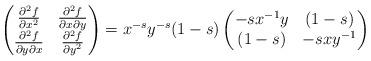
LaTeX: \begin{align*} \left(\begin{matrix} \frac{\partial^2 f}{\partial x^2} & \frac{\partial^2 f}{\partial x\partial y} \\ \frac{\partial^2 f}{\partial y\partial x} & \frac{\partial^2 f}{\partial y^2} \end{matrix} \right) = x^{-s}y^{-s} (1-s) \left(\begin{matrix} -s x^{-1} y & (1-s) \\ (1-s) & -s x y^{-1} \end{matrix} \right) \end{align*}